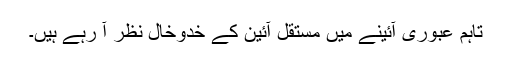
تاہم عبوری آئینے میں مستقل آئین کے خدوخال نظر آ رہے ہیں۔